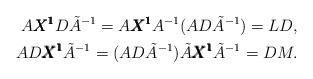
LaTeX: \begin{align*}A{\pmb{X^1}}D\tilde{A}^{-1} = A{\pmb{X^1}} A^{-1} (AD\tilde{A}^{-1}) = LD, \\AD{\pmb{X^1}}\tilde{A}^{-1} = (AD\tilde{A}^{-1}) \tilde{A} {\pmb{X^1}} \tilde{A}^{-1} = DM.\end{align*}